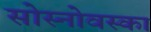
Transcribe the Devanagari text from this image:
सोस्नोवस्का